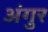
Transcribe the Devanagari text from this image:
अंगुर